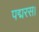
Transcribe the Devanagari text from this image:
पद्मरस।